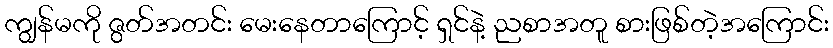
ကျွန်မကို ဇွတ်အတင်း မေးနေတာကြောင့် ရှင်နဲ့ ညစာအတူ စားဖြစ်တဲ့အကြောင်း